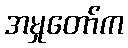
အမှုတော်က